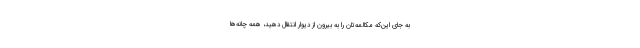
به جای این‌که مکالمه‌تان را به بیرون از دیوار انتقال دهید، همه چانه‌ها